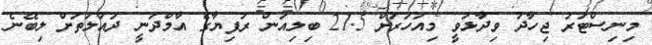
މިނިސްޓަރު ޖިހާދު ވިދާޅުވީ މިއަހަރަށް 21.5 ބިލިއަން ރުފިޔާގެ އާމްދަނީ ދައުލަތަށް ލިބޭނެ